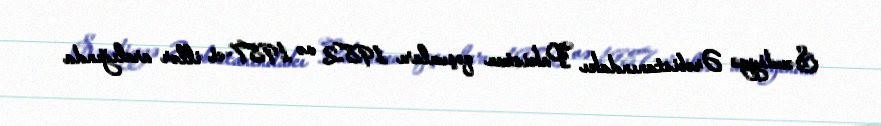
Səudiyyə Ərəbistanındakı Pakistan qoşunları 1982 və 1987-ci illər aralığında